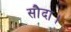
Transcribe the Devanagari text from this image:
सौदा।